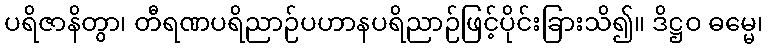
ပရိဇာနိတွာ၊ တီရဏပရိညာဉ်ပဟာနပရိညာဉ်ဖြင့်ပိုင်းခြားသိ၍။ ဒိဋ္ဌဝ ဓမ္မေ၊